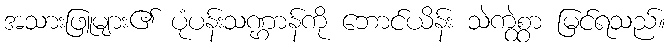
အသားဖြူများ၏ ပုံပန်းသဏ္ဌာန်ကို ဘောင်ယိန်း သဲကွဲစွာ မြင်ရသည်။